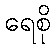
ရေစို